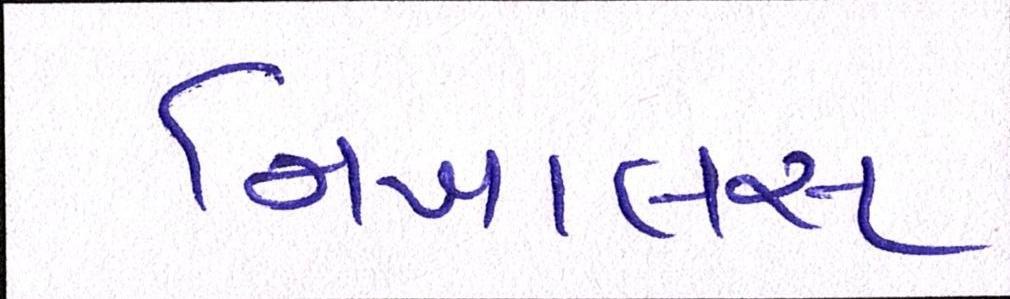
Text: નિખાલસ